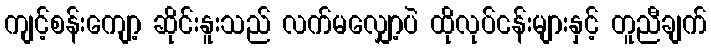
ကျင့်စန်းကျော့ ဆိုင်းနူးသည် လက်မလျှော့ပဲ ထိုလုပ်ငန်းများနှင့် တူညီချက်